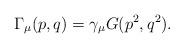
LaTeX: \begin{align*}\Gamma _{\mu }(p,q)=\gamma _{\mu }G(p^{2},q^{2}).\end{align*}